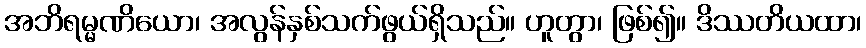
အဘိရမ္မဏိယော၊ အလွန်နှစ်သက်ဖွယ်ရှိသည်။ ဟူတွာ၊ ဖြစ်၍။ ဒိဿတိယထာ၊